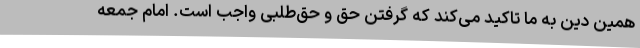
همین دین به ما تاکید می‌کند که گرفتن حق و حق‌طلبی واجب است. امام جمعه